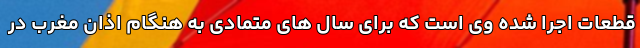
قطعات اجرا شده وی است که برای سال های متمادی به هنگام اذان مغرب در